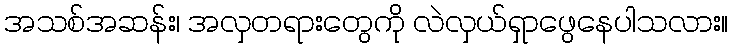
အသစ်အဆန်း၊ အလှတရားတွေကို လဲလှယ်ရှာဖွေနေပါသလား။